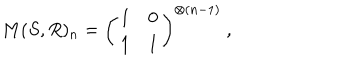
LaTeX: M ( S , R ) _ { n } = \left( \begin{matrix} { { 1 } } & { { 0 } } \\ { { 1 } } & { { 1 } } \\ \end{matrix} \right) ^ { \otimes ( n - 1 ) } \ ,